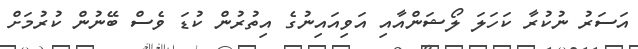
އަސަރު ނުކުރާ ކަހަލަ ލޯޝަންއާއި އަވިއައިނުގެ އިތުރުން ކުޑަ ވެސް ބޭނުން ކުރުމަށް